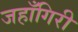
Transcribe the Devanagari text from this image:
जहाँगिरी